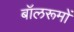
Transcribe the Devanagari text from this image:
बॉलरूमों